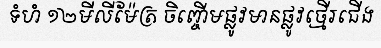
ទំហំ ១២មីលីម៉ែត្រ ចិញ្ចើមផ្លូវមានផ្លូវថ្មើរជើង